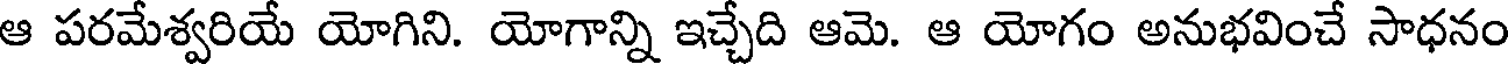
ఆ పరమేశ్వరియే యోగిని. యోగాన్ని ఇచ్చేది ఆమె. ఆ యోగం అనుభవించే సాధనం